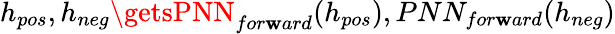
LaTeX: h_{pos},h_{neg}\getsPNN_{for\mathbf{w}ard}(h_{pos}),PNN_{for\mathbf{w}ard}(h_{neg})